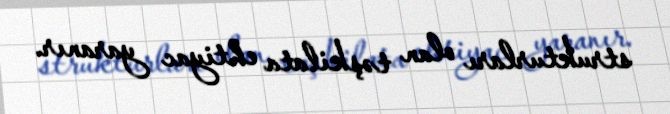
strukturları olan təşkilata ehtiyac yaranır.